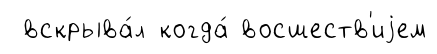
вскрыва́л когда́ восшеств'иjем